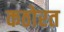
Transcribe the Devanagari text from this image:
कठोरत